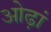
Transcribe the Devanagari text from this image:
ओढ़ां